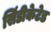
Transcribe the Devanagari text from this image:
सिंडीकेटेड